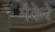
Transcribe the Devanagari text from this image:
मैकेरे